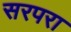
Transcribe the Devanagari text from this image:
सरपरा